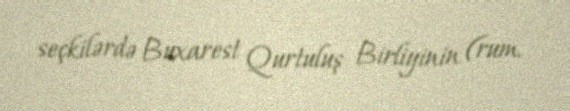
seçkilərdə Buxarest Qurtuluş Birliyinin (rum.